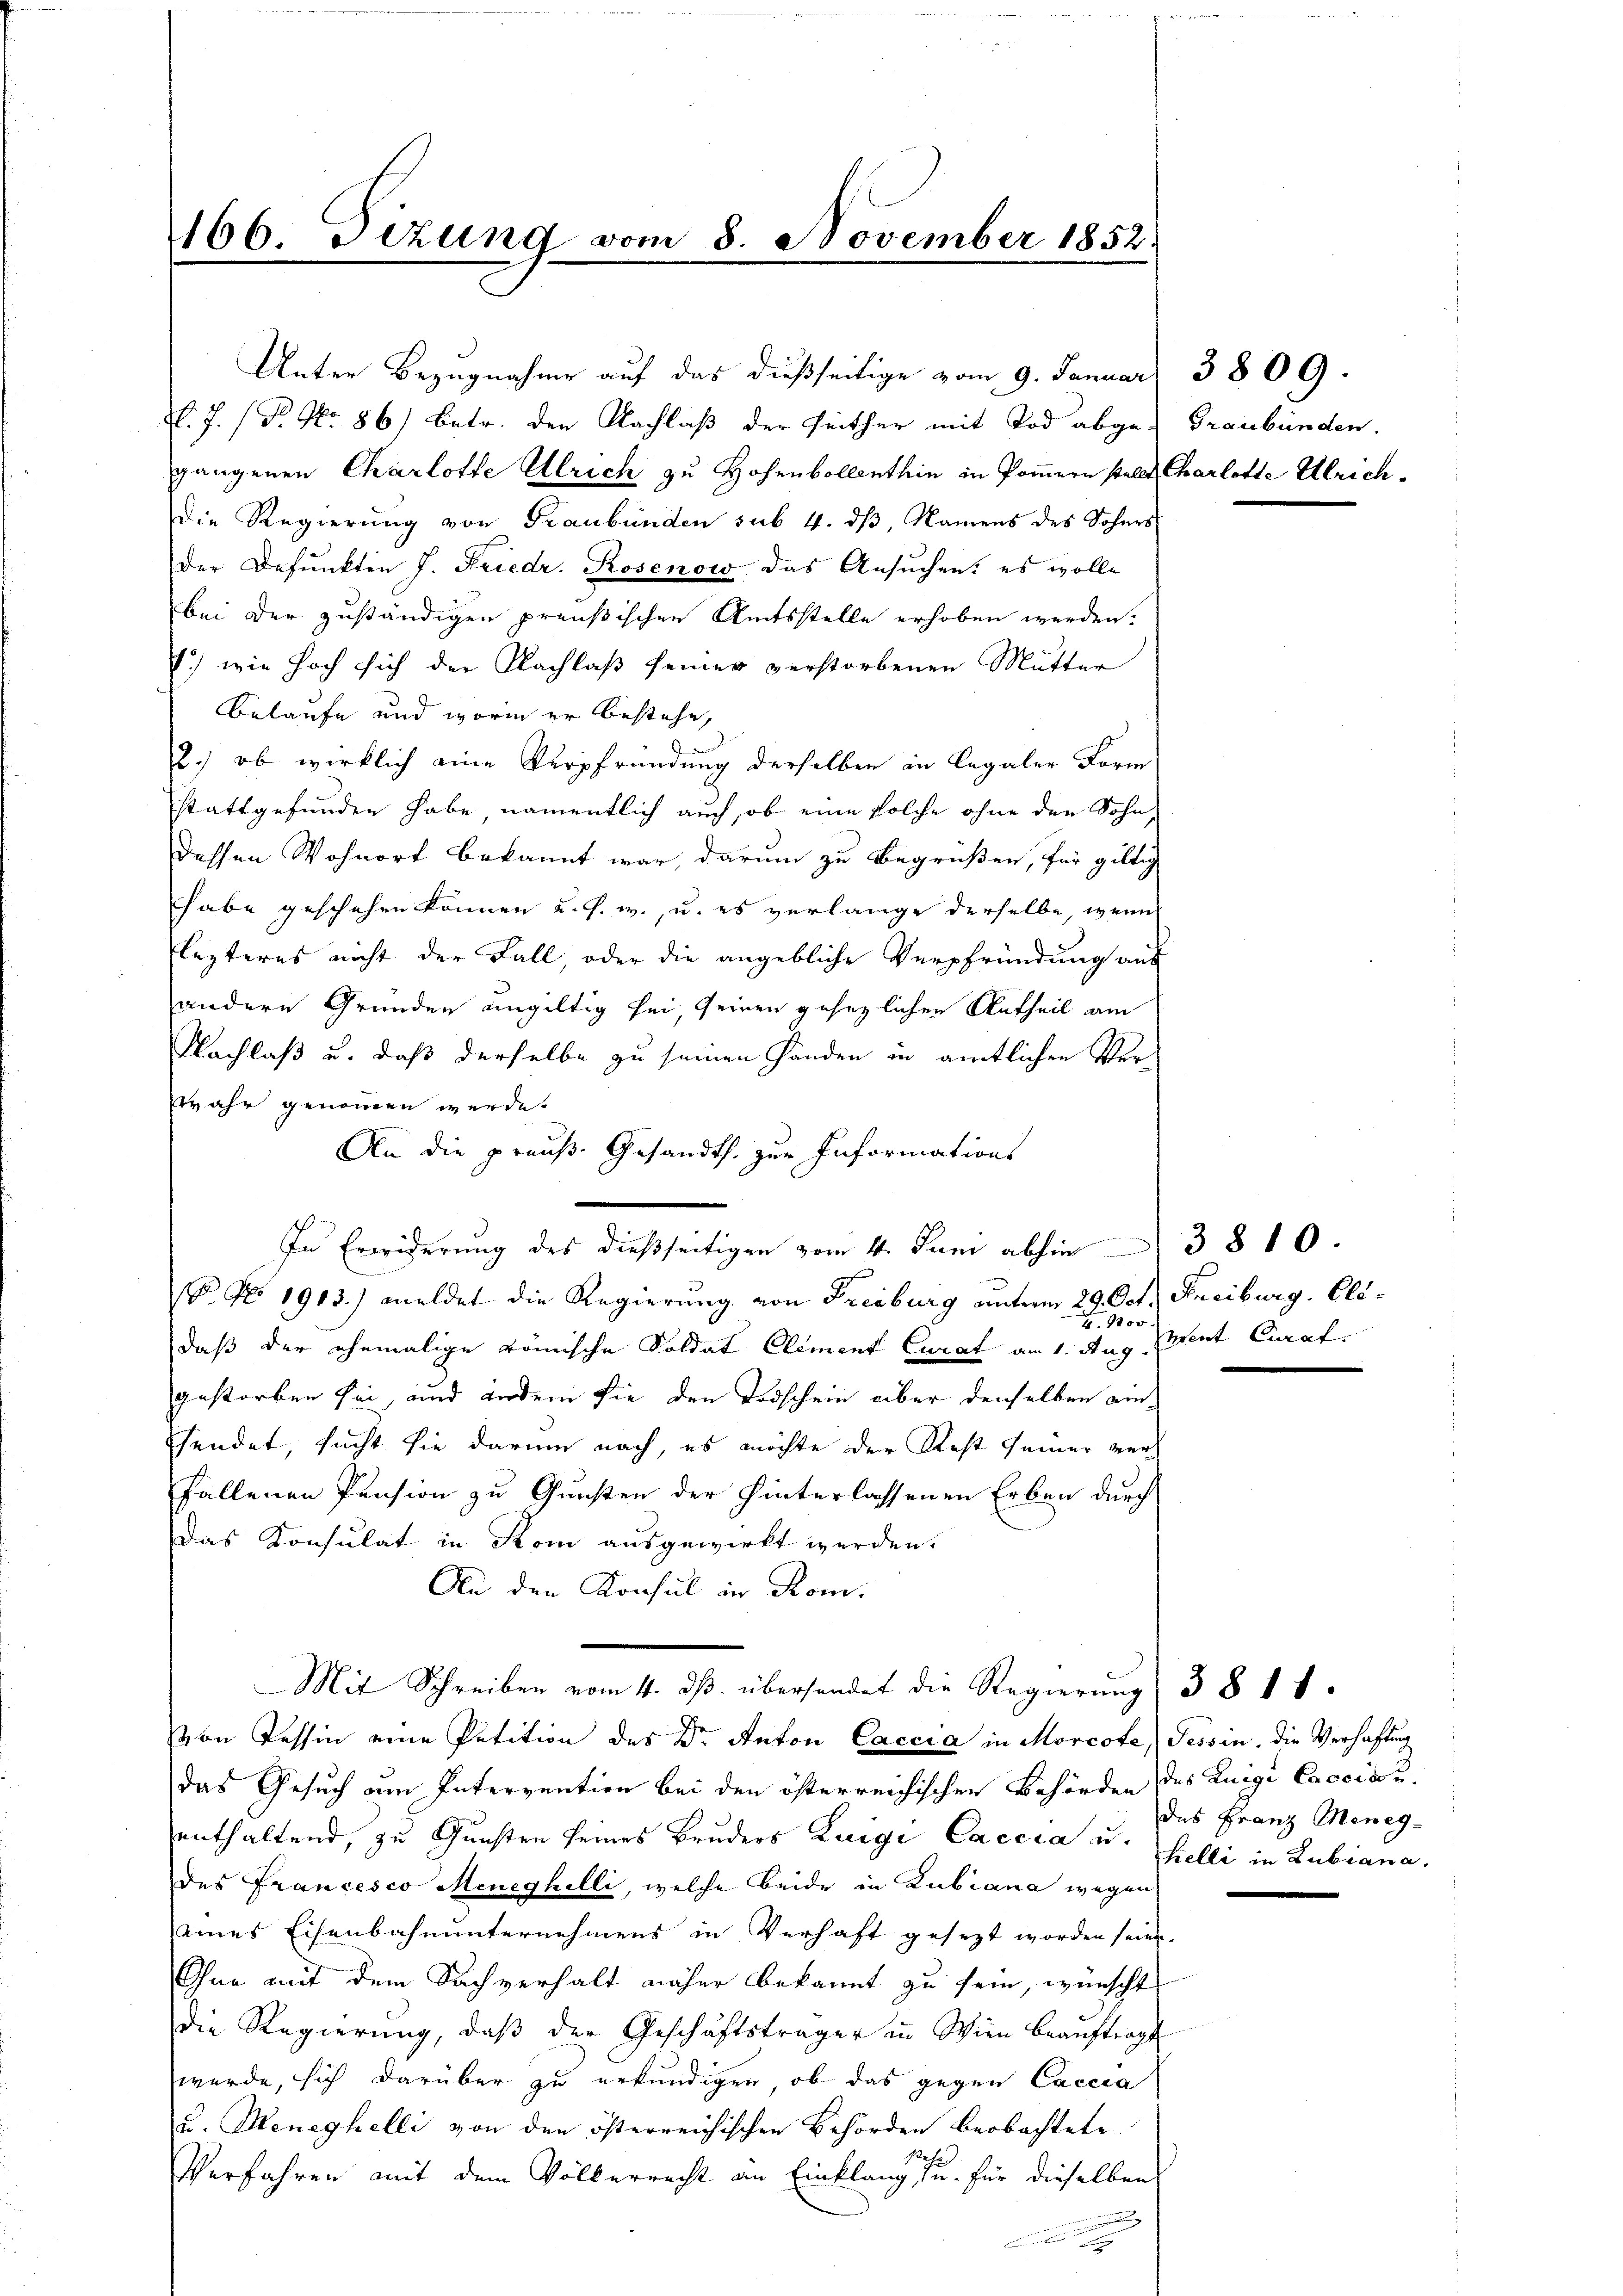
166 Tizung vom 8. November 1852.
.

V.J. (T. No. 86) Betr. den Nachlaß der Seither mit Tod abge-Graubünden.
gangenen Charlotte Ulrich zu Hohenbollenthin in Pommern stellt Charlotte Ulrich¬
Die Regierung von Graubünden sub. 4. dß, Namens des Sohnes
Der Befunkten J. Friedr. Rosenow das Ansuchen: es wolle
bei der zuständigen preußischen Amtsstelle erhoben werden.
1.) wie hoch sich der Nachlaß seiner verstorbenen Mutter
Belaufe und worin er bestehe,
2.) ob wirklich eine Verpfründung derselben in Legaler Form
stattgefunden habe namentlich auch, ob eine solche ohne den Sohn,
dessen Wohnort bekannt war, darum zu Begrüßen, für giltig
habe geschehen können u. s. w., u. es verlange derselbe, wenn
lezteres nicht der Fall, oder die angebliche Verpfründung aus
andere Gründen ungültig sei, seinen gesezlichen Urtheil am
Nachlaß u. daß derselbe zu seinen Handen in amtlichen Verahr genommen werde.
An die preuß. Gesandts. zur Informations
In Erwiderung des dießseitigen vom 4. Juni abhin 3810.
B. No. 1913.) meldet die Regierung von Freiburg unterm 29. Oct. Freiburg. Eli¬
4. 1200
daß der ehemalige römische Soldat Clement Curat am 1. Aug.
gestorben sei, und andern sie den Todschein über denselben einsendet, sucht sie darum nach, es möchte der Rest seiner verfallenen Pension zu Gunsten der hinterlassenen Erben durch
Das Konsulat in Rom ausgewirkt werden.
An den Konsul in Rom.
Mit Schreiben vom 4. dβ übersendet die Regierung 3811.
von Tessin eine Petition des Dr. Anton Caccia in Morcote, Tessin, die Verhaftung
das Gesuch um Intervention bei den österreichischen Behörden des Luigi Coccia u.
enthaltend, zu Gunsten seines Bruders Luigi Caccia u. helli in Lubiana,
des Francesco Meneghilli, welche beide in Zubiana wegen
eines Eisenbahnunternehmens in Verhaft gesezt worden seien.
Ohne mit dem Sachverhalt näher bekannt zu sein, wünscht
die Regierung, daß der Geschäftsträger in Wien beaŭftragt
wurde, sich darüber zu erkundigen, ob das gegen Caccia
u. Meneghelli von den österreichischen Behörden beobachtete
Res.)
Verfahren mit dem Völkerrecht an Einklang u. für dieselben
u

Unter Bezugnahme auf das dießseitige vom 9. Januar

vront Curat.

das Franz Meneg¬

3809.